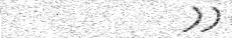
))